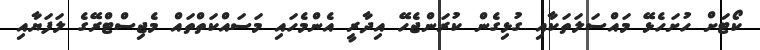
ކޯޓަށް ހުށަހެޅޭ މައްސަލަތަކާއި ގުޅިގެން ކުރަންޖެހޭ އިދާރީ އެންމެހައި މަސައްކަތްތައް މެޖިސްޓްރޭގެ ލަފަޔާއި